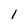
Character: 1